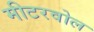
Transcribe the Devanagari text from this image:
मीटरवोल